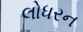
લોધરન